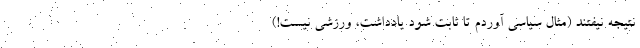
نتیجه نیفتند (مثال سیاسی آوردم تا ثابت شود یادداشت، ورزشی نیست!)